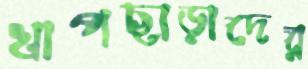
খাপছাড়াদের